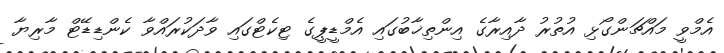
އެމްވީ މައްޗަންގޯޅި އުތުރު ދާއިރާގެ އިންތިޚާބުގައި އެމްޑީޕީގެ ޓިކެޓްގައި ވާދަކުރައްވާ ކެންޑިޑޭޓް މާރިޔާ